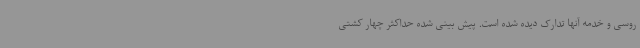
روسی و خدمه آنها تدارک دیده شده است. پیش بینی شده حداکثر چهار کشتی